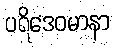
ပရိဒေဝမာနာ